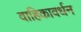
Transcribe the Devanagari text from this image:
वाहिकावर्धन